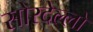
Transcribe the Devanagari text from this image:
सोरदेल्लो